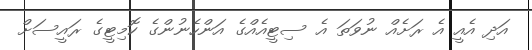
އަދި އެއީ އެ ރަށެއް ނުވަތަ އެ ސިޓީއެއްގެ އަންހެނުންގެ ކޮމިޓީގެ ރައީސަށް